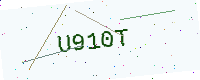
Text: U910T